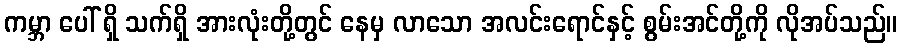
ကမ္ဘာ ပေါ် ရှိ သက်ရှိ အားလုံးတို့တွင် နေမှ လာသော အလင်းရောင်နှင့် စွမ်းအင်တို့ကို လိုအပ်သည်။